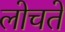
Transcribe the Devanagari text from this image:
लोचते